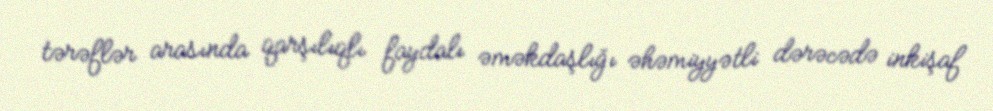
tərəflər arasında qarşılıqlı faydalı əməkdaşlığı əhəmiyyətli dərəcədə inkişaf